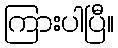
ကြားပါပြီ။